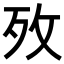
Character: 𭣤